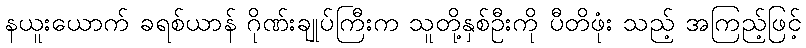
နယူးယောက် ခရစ်ယာန် ဂိုဏ်းချုပ်ကြီးက သူတို့နှစ်ဦးကို ပီတိဖုံး သည့် အကြည့်ဖြင့်